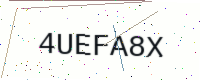
Text: 4UEFA8X